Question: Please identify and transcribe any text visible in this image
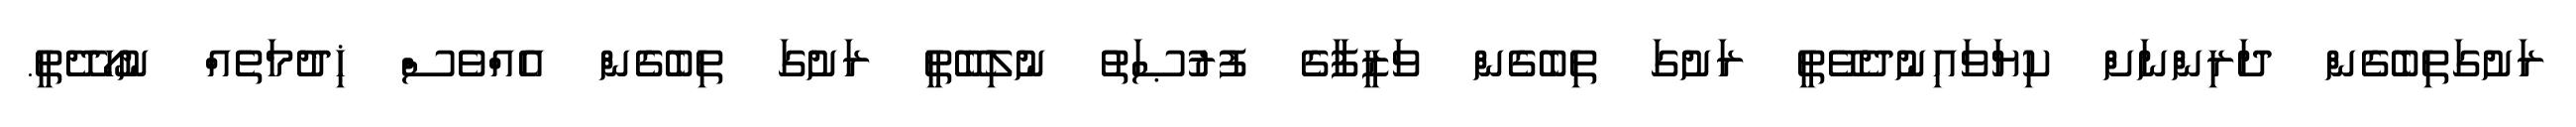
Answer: ރަށުގަތިބެގެން ދަރިންނަށް ކިޔަވައިނުދެވޭތީ ރަށުގަ ތިބެގެން ވަޒީފާގެ ފުރުޞަތު ނުލިބޭތީ ރަށުގަ ތިބެގެން އެއްވެސް ޚިދުމަތެއް ނުހޯދޭތީ.